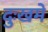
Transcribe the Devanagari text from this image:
दुःखमें